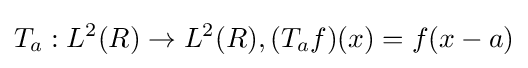
T_{a}:L^{2}(R)\rightarrow L^{2}(R),(T_{a}f)(x)=f(x-a)